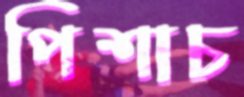
পিশাচ